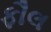
ફૌલ